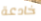
خادعة